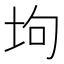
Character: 坸